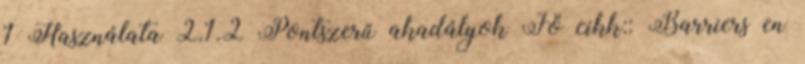
1 Használata 2.1.2 Pontszerű akadályok Fő cikk:: Barriers en